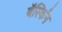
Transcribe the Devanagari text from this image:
बॅर्स्किन